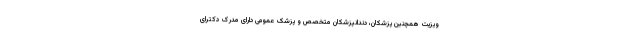
ویزیت همچنین پزشکان، دندانپزشکان متخصص و پزشک عمومی دارای مدرک دکترای